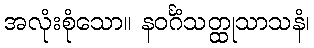
အလုံးစုံသော။ နဝင်္ဂံသတ္ထုသာသနံ၊